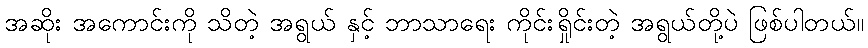
အဆိုး အကောင်းကို သိတဲ့ အရွယ် နှင့် ဘာသာရေး ကိုင်းရှိုင်းတဲ့ အရွယ်တို့ပဲ ဖြစ်ပါတယ်။